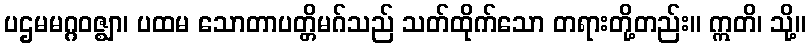
ပဌမမဂ္ဂဝဇ္ဈာ၊ ပထမ သောတာပတ္တိမဂ်သည် သတ်ထိုက်သော တရားတို့တည်း။ ဣတိ၊ သို့။